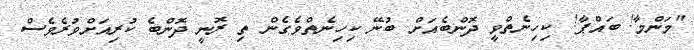
"މަންމާ! ބައްޕާ! ކިހިނެތްވީ ދޮންބެއަށް ބުނޭ ކިހިނެތްވެގެން ތި ރޮނީ ދޮންބެ ކުރިއަށްވުރެވެސް